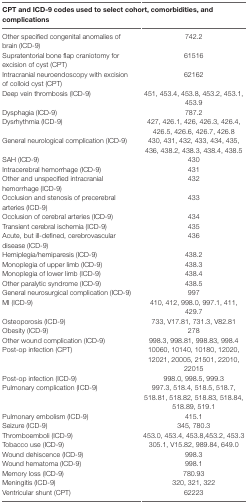
<table><thead><tr><td colspan="2"><b>CPT and ICD-9 codes used to select cohort, comorbidities, and complications</b></td></tr></thead><tbody><tr><td>Other specified congenital anomalies of brain (ICD-9)</td><td>742.2</td></tr><tr><td>Supratentorial bone flap craniotomy for excision of cyst (CPT)</td><td>61516</td></tr><tr><td>Intracranial neuroendoscopy with excision of colloid cyst (CPT)</td><td>62162</td></tr><tr><td>Deep vein thrombosis (ICD-9)</td><td>451, 453.4, 453.8, 453.2, 453.1, 453.9</td></tr><tr><td>Dysphagia (ICD-9)</td><td>787.2</td></tr><tr><td>Dysrhythmia (ICD-9)</td><td>427, 426.1, 426, 426.3, 426.4, 426.5, 426.6, 426.7, 426.8</td></tr><tr><td>General neurological complication (ICD-9)</td><td>430, 431, 432, 433, 434, 435, 436, 438.2, 438.3, 438.4, 438.5</td></tr><tr><td>SAH (ICD-9)</td><td>430</td></tr><tr><td>Intracerebral hemorrhage (ICD-9)</td><td>431</td></tr><tr><td>Other and unspecified intracranial hemorrhage (ICD-9)</td><td>432</td></tr><tr><td>Occlusion and stenosis of precerebral arteries (ICD-9)</td><td>433</td></tr><tr><td>Occlusion of cerebral arteries (ICD-9)</td><td>434</td></tr><tr><td>Transient cerebral ischemia (ICD-9)</td><td>435</td></tr><tr><td>Acute, but ill-defined, cerebrovascular disease (ICD-9)</td><td>436</td></tr><tr><td>Hemiplegia/hemiparesis (ICD-9)</td><td>438.2</td></tr><tr><td>Monoplegia of upper limb (ICD-9)</td><td>438.3</td></tr><tr><td>Monoplegia of lower limb (ICD-9)</td><td>438.4</td></tr><tr><td>Other paralytic syndrome (ICD-9)</td><td>438.5</td></tr><tr><td>General neurosurgical complication (ICD-9)</td><td>997</td></tr><tr><td>MI (ICD-9)</td><td>410, 412, 998.0, 997.1, 411, 429.7</td></tr><tr><td>Osteoporosis (ICD-9)</td><td>733, V17.81, 731.3, V82.81</td></tr><tr><td>Obesity (ICD-9)</td><td>278</td></tr><tr><td>Other wound complication (ICD-9)</td><td>998.3, 998.81, 998.83, 998.4</td></tr><tr><td>Post-op infection (CPT)</td><td>10060, 10140, 10180, 12020, 12021, 20005, 21501, 22010, 22015</td></tr><tr><td>Post-op infection (ICD-9)</td><td>998.0, 998.5, 999.3</td></tr><tr><td>Pulmonary complication (ICD-9)</td><td>997.3, 518.4, 518.5, 518.7, 518.81, 518.82, 518.83, 518.84, 518.89, 519.1</td></tr><tr><td>Pulmonary embolism (ICD-9)</td><td>415.1</td></tr><tr><td>Seizure (ICD-9)</td><td>345, 780.3</td></tr><tr><td>Thromboemboli (ICD-9)</td><td>453.0, 453.4, 453.8,453.2, 453.3</td></tr><tr><td>Tobacco use (ICD-9)</td><td>305.1, V15.82, 989.84, 649.0</td></tr><tr><td>Wound dehiscence (ICD-9)</td><td>998.3</td></tr><tr><td>Wound hematoma (ICD-9)</td><td>998.1</td></tr><tr><td>Memory loss (ICD-9)</td><td>780.93</td></tr><tr><td>Meningitis (ICD-9)</td><td>320, 321, 322</td></tr><tr><td>Ventricular shunt (CPT)</td><td>62223</td></tr></tbody></table>